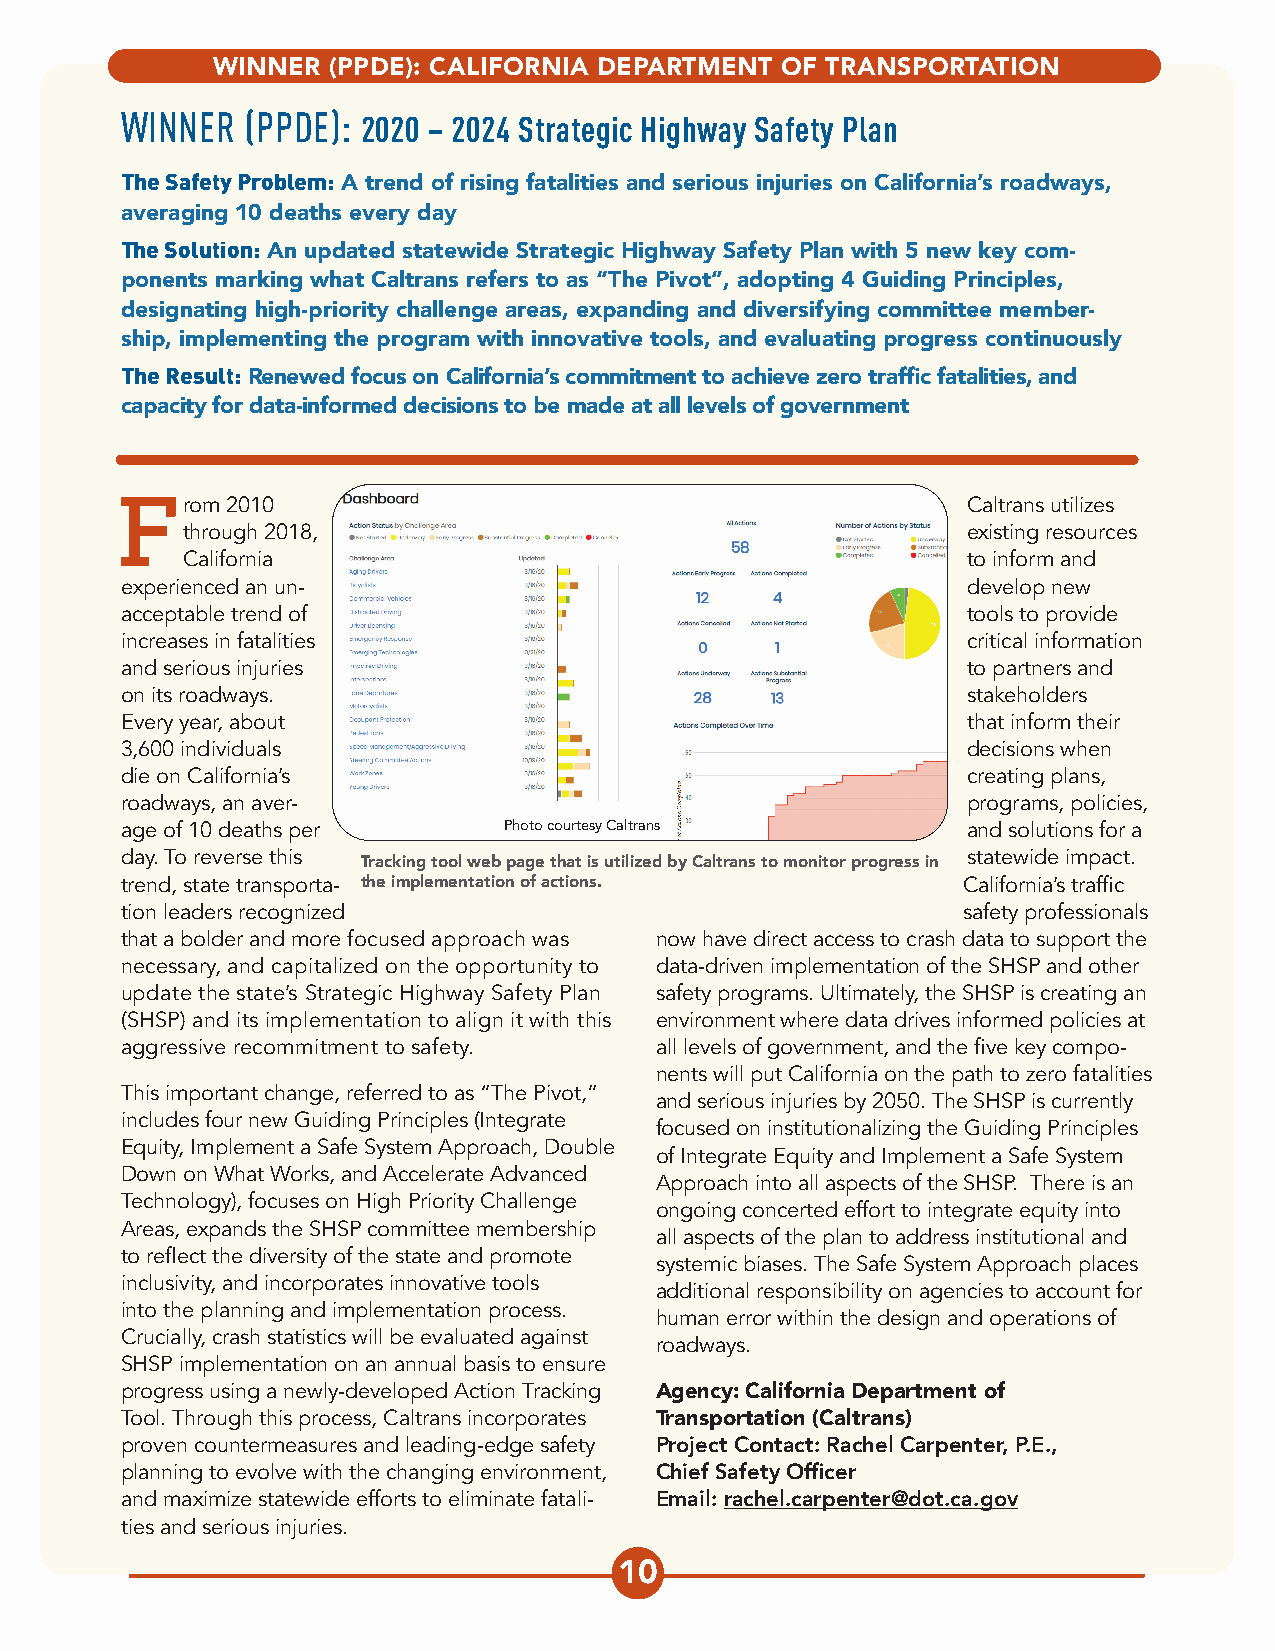
WINNER  (PPDE): CALIFORNIA DEPARTMENT OF TRANSPORTATION
 WINNER  (PPDE): 2020 – 2024 Strategic Highway Safety Plan
 The Safety Problem: A trend of rising fatalities and serious injuries on California’s roadways,
 averaging 10 deaths every day
 The Solution: An updated statewide Strategic Highway Safety Plan with 5 new key com-
 ponents marking what Caltrans refers to as “The Pivot”, adopting 4 Guiding Principles,
 designating high-priority challenge areas, expanding and diversifying committee member-
 ship, implementing the program with innovative tools, and evaluating progress continuously
 The Result: Renewed focus on California’s commitment to achieve zero traffic fatalities, and
 capacity for data-informed decisions to be made at all levels of government
 From   2010                                             Caltrans utilizes
 through 2018,                                       existing resources
 California                                          to inform and
 experienced an un-                                      develop new
 acceptable trend of                                     tools to provide
 increases in fatalities                                 critical information
 and serious injuries                                    to partners and
 on its roadways.                                        stakeholders
 Every year, about                                       that inform their
 Photo courtesy of FDOT
 3,600 individuals                                       decisions when
 die on California’s                                     creating plans,
 roadways, an aver-                                      programs, policies,
 age of 10 deaths per     Photo courtesy Caltrans        and solutions for a
 day. To reverse this                                    statewide impact.
 Tracking tool web page that is utilized by Caltrans to monitor progress in
 trend, state transporta- the implementation of actions. California’s traffic
 tion leaders recognized                                 safety professionals
 that a bolder and more focused approach was now have direct access to crash data to support the
 necessary, and capitalized on the opportunity to data-driven implementation of the SHSP and other
 update the state’s Strategic Highway Safety Plan safety programs. Ultimately, the SHSP is creating an
 (SHSP) and its implementation to align it with this environment where data drives informed policies at
 aggressive recommitment to safety. all levels of government, and the five key compo-
 nents will put California on the path to zero fatalities
 This important change, referred to as “The Pivot,”
 and serious injuries by 2050. The SHSP is currently
 includes four new Guiding Principles (Integrate
 focused on institutionalizing the Guiding Principles
 Equity, Implement a Safe System Approach, Double
 of Integrate Equity and Implement a Safe System
 Down on What Works, and Accelerate Advanced
 Approach into all aspects of the SHSP. There is an
 Technology), focuses on High Priority Challenge
 ongoing concerted effort to integrate equity into
 Areas, expands the SHSP committee membership
 all aspects of the plan to address institutional and
 to reflect the diversity of the state and promote
 systemic biases. The Safe System Approach places
 inclusivity, and incorporates innovative tools
 additional responsibility on agencies to account for
 into the planning and implementation process.
 human error within the design and operations of
 Crucially, crash statistics will be evaluated against
 roadways.
 SHSP implementation on an annual basis to ensure
 progress using a newly-developed Action Tracking Agency: California Department of
 Tool. Through this process, Caltrans incorporates Transportation (Caltrans)
 proven countermeasures and leading-edge safety Project Contact: Rachel Carpenter, P.E.,
 planning to evolve with the changing environment, Chief Safety Officer
 and maximize statewide efforts to eliminate fatali- Email: rachel.carpenter@dot.ca.gov
 ties and serious injuries.
 10